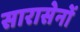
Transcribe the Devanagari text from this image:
सारासेनों